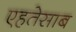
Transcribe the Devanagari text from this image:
एहतेसाब